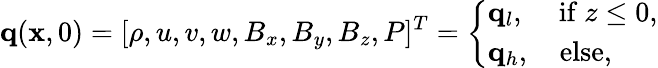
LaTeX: \mathbf{q}(\mathbf{x},0)=[\rho,u,v,w,B_{x},B_{y},B_{z},P]^{T}=\left\{ \begin{array}{ll}{\mathbf{q}_{l},\quad\, \mathrm{if}\ z\leq 0,}\\ {\mathbf{q}_{h},\quad\mathrm{else},}\end{array}\right.